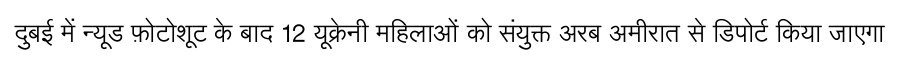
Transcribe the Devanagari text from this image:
दुबई में न्यूड फ़ोटोशूट के बाद 12 यूक्रेनी महिलाओं को संयुक्त अरब अमीरात से डिपोर्ट किया जाएगा